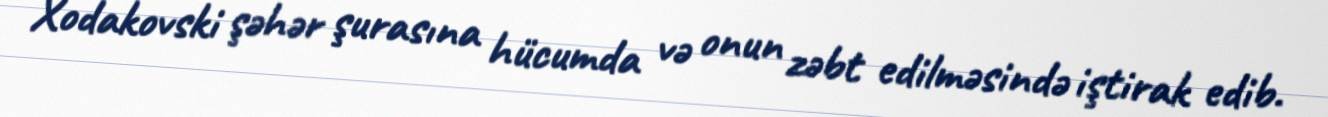
Xodakovski şəhər şurasına hücumda və onun zəbt edilməsində iştirak edib.